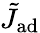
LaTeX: \tilde{J}_{\mathrm{{ad}}}